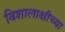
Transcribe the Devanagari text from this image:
विशालाक्षीच्या